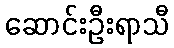
ဆောင်းဦးရာသီ